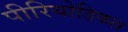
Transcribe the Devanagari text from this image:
पीरियोडिकल